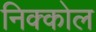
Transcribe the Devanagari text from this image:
निक्कोल